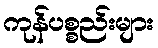
ကုန်ပစ္စည်းများ